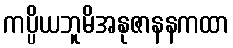
ကပ္ပိယဘူမိအနုဇာနနကထာ